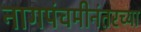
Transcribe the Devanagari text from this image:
नागपंचमीनंतरच्या